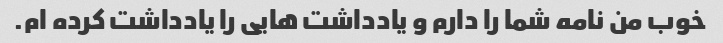
خوب من نامه شما را دارم و یادداشت هایی را یادداشت کرده ام.